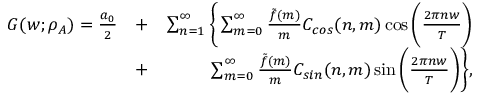
\begin{array} { r l r } { G ( w ; \rho _ { A } ) = \frac { a _ { 0 } } { 2 } } & { + } & { \sum _ { n = 1 } ^ { \infty } \bigg \{ \sum _ { m = 0 } ^ { \infty } \frac { \tilde { f } ( m ) } { m } C _ { c o s } ( n , m ) \cos { \bigg ( \frac { 2 \pi n w } { T } \bigg ) } } \\ & { + } & { \sum _ { m = 0 } ^ { \infty } \frac { \tilde { f } ( m ) } { m } C _ { s i n } ( n , m ) \sin { \bigg ( \frac { 2 \pi n w } { T } \bigg ) } \bigg \} , } \end{array}